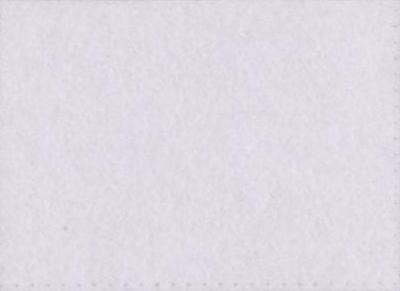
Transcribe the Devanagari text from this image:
मॉ